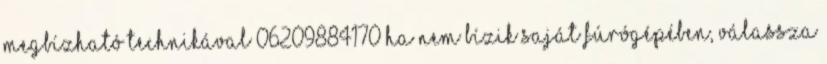
MEGBÍZHATÓ TECHNIKÁVAL 06209884170 Ha nem bízik saját fúrógépében, válassza